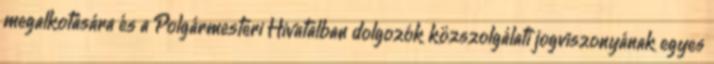
megalkotására és a Polgármesteri Hivatalban dolgozók közszolgálati jogviszonyának egyes